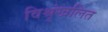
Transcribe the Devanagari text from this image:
विश्रृंखलित